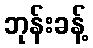
ဘုန်းခန့်